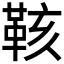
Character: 𮧙